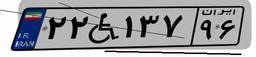
۴۶W۱۴۵۳۵